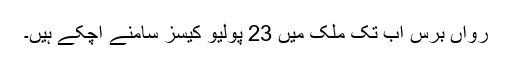
رواں برس اب تک ملک میں 23 پولیو کیسز سامنے آچکے ہیں۔